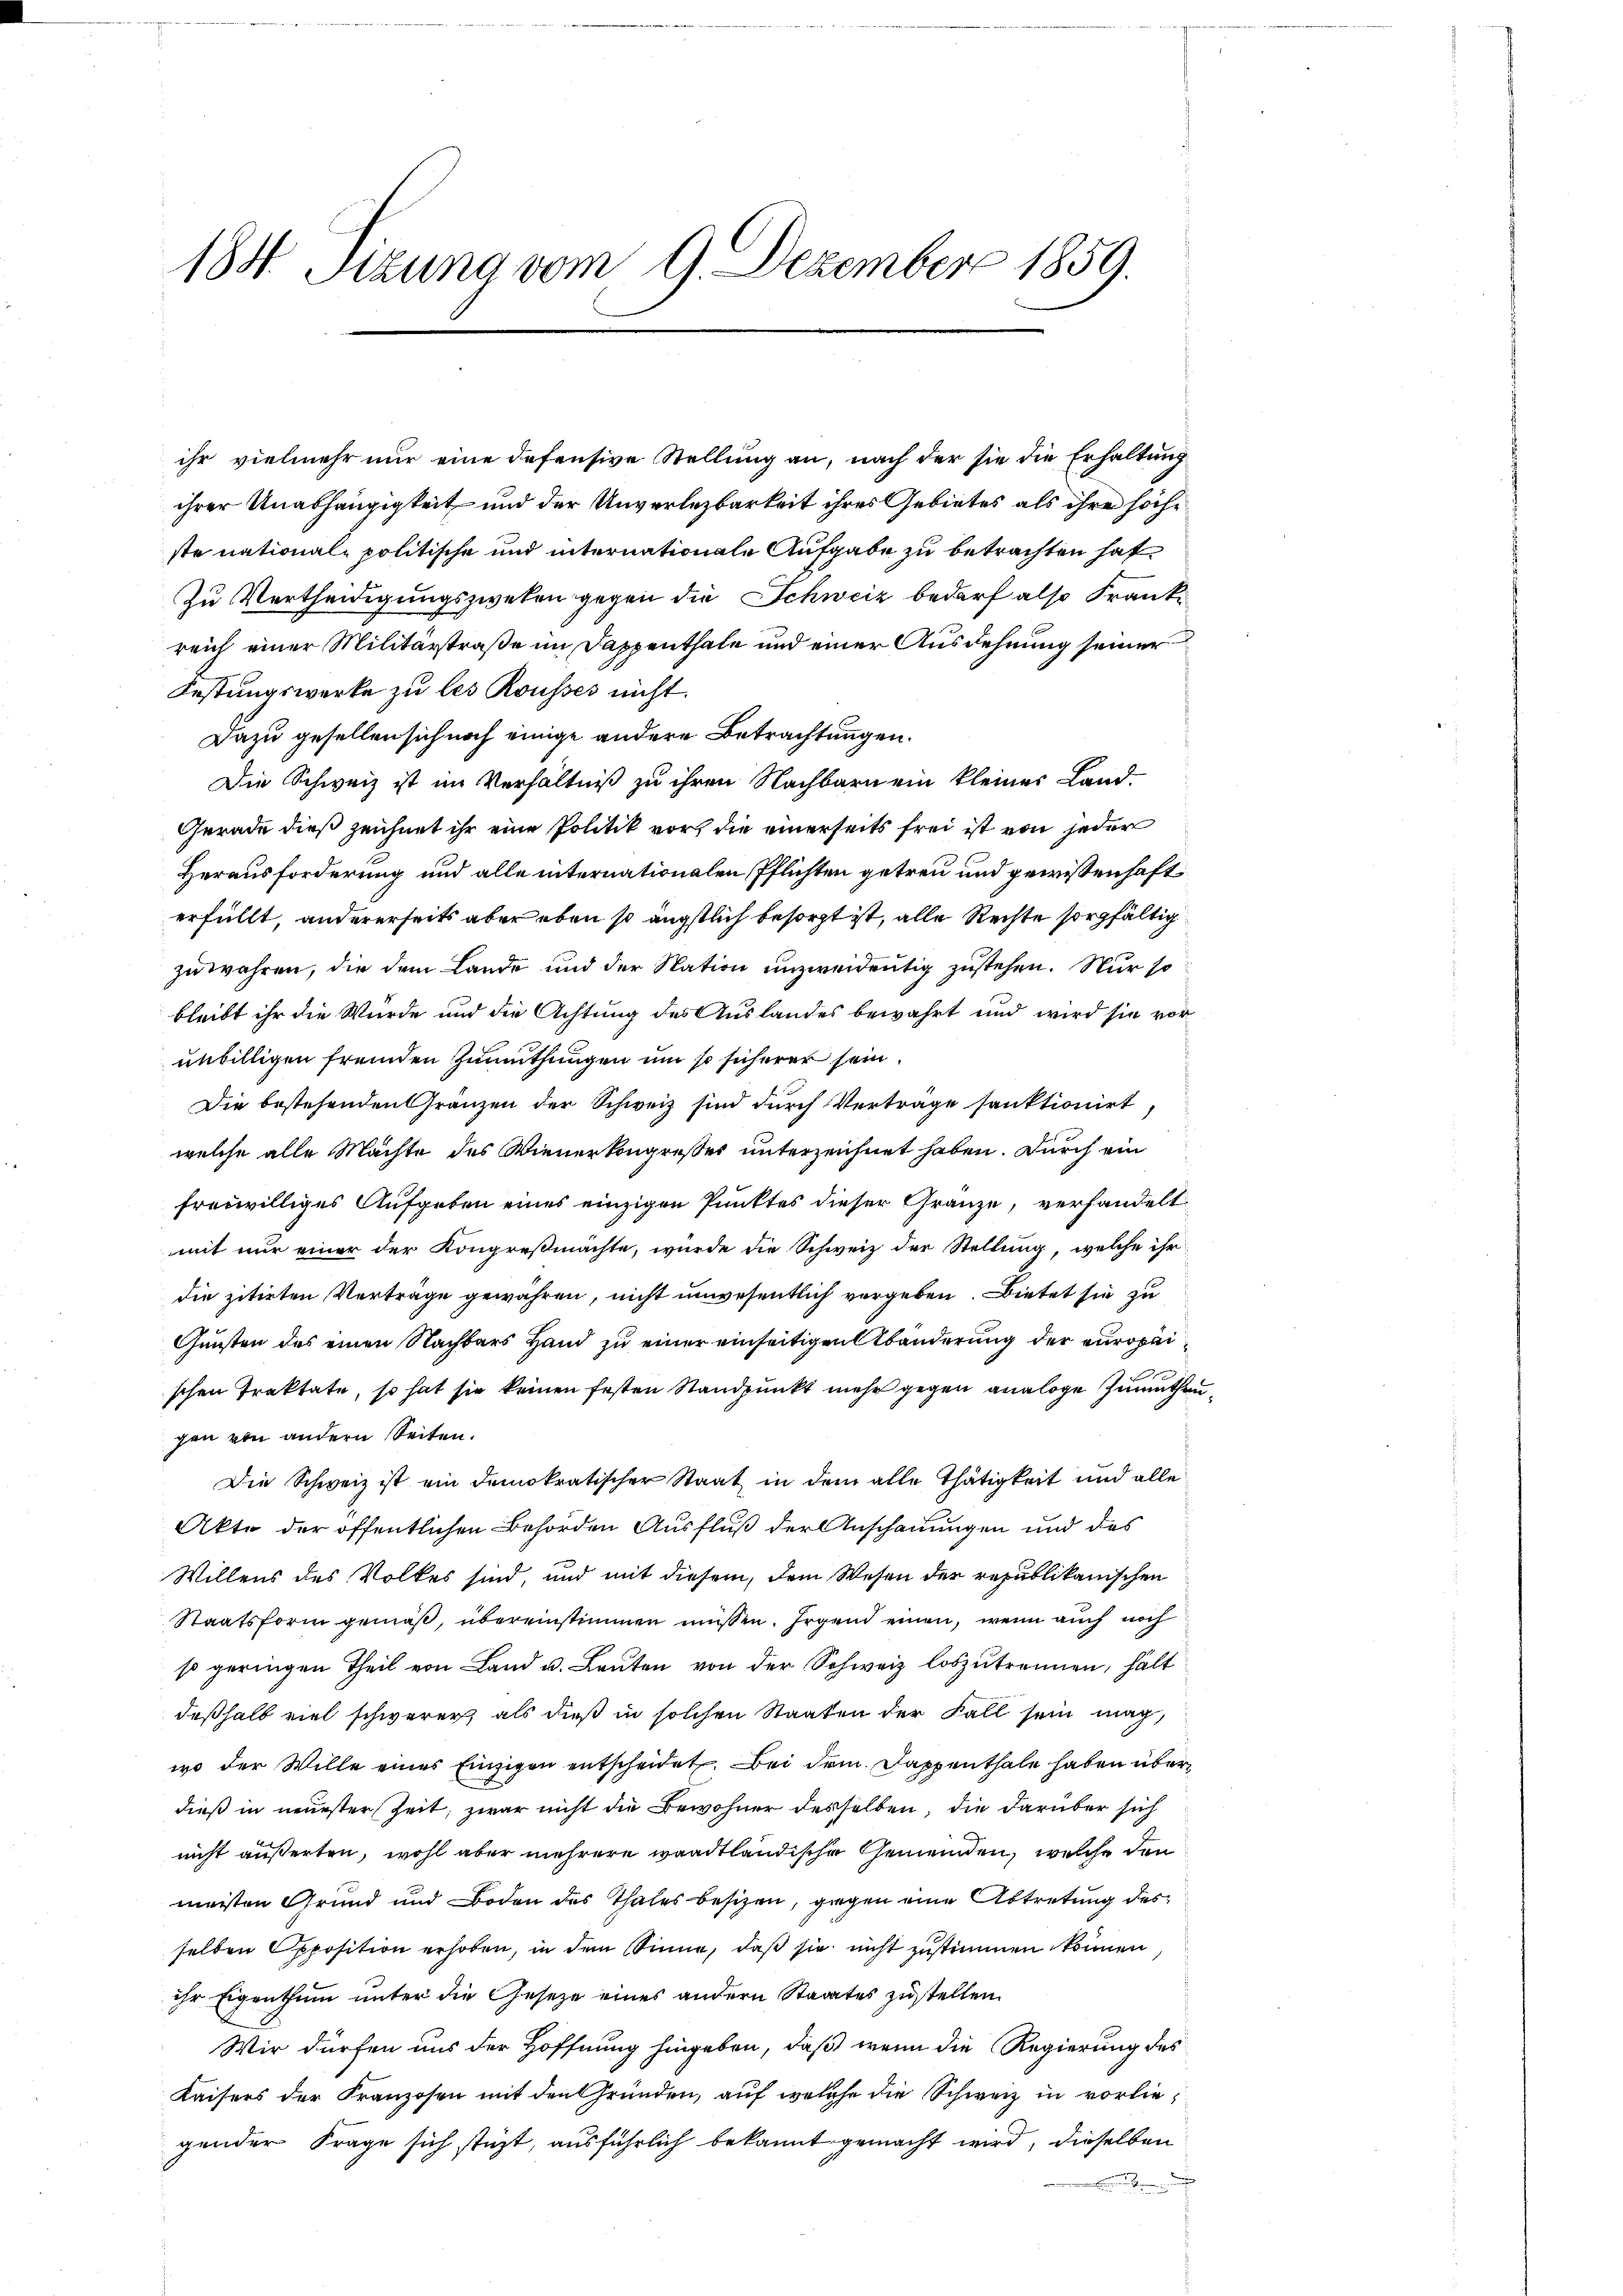
184. Sitzung vom 9. Dezember 1859.

ihr vielmehr nur eine defensive Stellung an, nach der sie die Erhaltung
ihrer Unabhängigkeit und der Unverlezbarkeit ihres Gebietes als ihre höche
ste nationale politische und internationale Aufgabe zu betrachten hat
Zu Vertheidigungszweken gegen die Schweiz bedarf also Frankreich einer Militärstraße im Sappenthale und einer Ausdehnung seiner
Festungswerke zu les Rousses nicht.
Dazu gesellen sich noch einige andere Betrachtungen.
Die Schweiz ist im Verhältniß zu ihren Nachbarn ein kleines Land¬
Gerade dieß zeichnet ihr eine Politik vor, die einerseits frei ist von jeder
Herausforderung und alle internationalen Pflichten getreu und gewissenhaft
erfüllt, andererseits aber eben so ängstlich besorgt ist, alle Rechte sorgfältig
zuwähren, die dem Lande und der Nation unzweideutig zustehen. Nur so
bleibt ihr die Würde und die Achtung des Auslandes bewahrt und wird sie vorunbilligen fremden Zumuthungen um so sicherer sein.
Die bestehenden Gränzen der Schweiz sind durch Vertrage sanktionirt
welche alle Machte des Wienerkongresses unterzeichnet haben. Durch ein
freiwilliges Aufgeben eines einzigen Punktes dieser Gränze, verhandelt
mit nur einer der Kongreßmachte, wurde die Schweiz der Stellung, welche ihr
die zitirten Verträge gewähren, nicht unwesentlich vergeben. Dietet sie zu
Gunsten des einen Nachbars Hand zu einer einseitigen Abänderung der europaischen Traktate, so hat sie keinen festen Standpunkt mehr gegen analoge Zumuthen
gen von andern Seiten.
Die Schweiz ist ein demokratischer Staat in dem alle Thätigkeit und alle
Akte der öffentlichen Behörden Ausfluß der Anschauungen und das
Willens des Volkes sind, und mit diesem, dem Wesen der republikanischen
Staatsform gemäß, übereinstimmen müssen. Irgend einen, wenn auch noch
so geringen Theil von Land u. Leuten von der Schweiz loszutrennen, hält
deßhalb viel schwerer, als dieß in solchen Staaten der Fall sein mag,
wo der Wille eines Einzigen entscheidet. Bei dem Sappenthale haben überdieß in neuester Zeit, zwar nicht die Bewohner desselben, die darüber sich
nicht äußerten, wohl aber mehrere waadtländische Gemeinden, welche den
meisten Grund und Boden des Thales besizen, gegen eine Abtretung des
selben Opposition erhoben, in dem Sinne, daß sie nicht zustimmen können
ihr Eigenthum unter die Gesetze eines andern Staates zustellen.
Wir dürfen aus der Hoffnung hingeben, daß wenn die Regierung des
Kaisers der Franzosen mit den Gründen, auf welche die Schweiz in vorliegender Frage sich stüzt, ausführlich bekannt gemacht wird, dieselben

u.